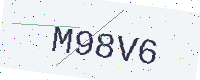
Text: M98V6